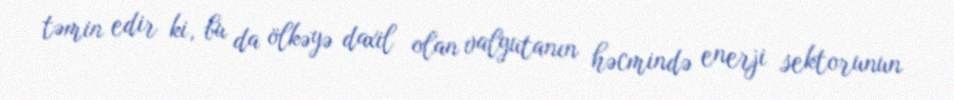
təmin edir ki, bu da ölkəyə daxil olan valyutanın həcmində enerji sektorunun